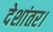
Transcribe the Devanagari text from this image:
देशांतर।